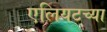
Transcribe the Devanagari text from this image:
एलियटच्या